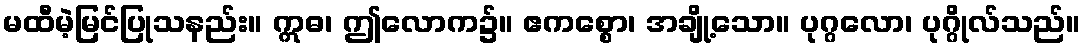
မထီမဲ့မြင်ပြုသနည်း။ ဣဓ၊ ဤလောက၌။ ဧကစ္စော၊ အချို့သော။ ပုဂ္ဂလော၊ ပုဂ္ဂိုလ်သည်။